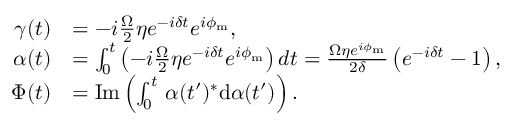
\begin{array} { r l } { \gamma ( t ) } & { = - i \frac { \Omega } { 2 } \eta e ^ { - i \delta t } e ^ { i \phi _ { \mathrm { m } } } , } \\ { \alpha ( t ) } & { = \int _ { 0 } ^ { t } \left( - i \frac { \Omega } { 2 } \eta e ^ { - i \delta t } e ^ { i \phi _ { \mathrm { m } } } \right) d t = \frac { \Omega \eta e ^ { i \phi _ { \mathrm { m } } } } { 2 \delta } \left( e ^ { - i \delta t } - 1 \right) , } \\ { \Phi ( t ) } & { = \mathrm { I m } \left( \int _ { 0 } ^ { t } \, \alpha ( t ^ { \prime } ) ^ { * } \mathrm { d } \alpha ( t ^ { \prime } ) \right) . } \end{array}